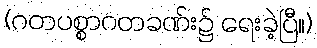
(ဂတပစ္စာဂတခဏ်း၌ ရေးခဲ့ပြီ။)